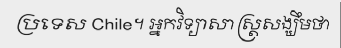
ប្រទេស Chile។ អ្នកវិទ្យាសាស្ត្រសង្ឃឹមថា